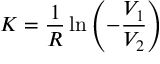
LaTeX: K = \frac { 1 } { R } \ln \left( - \frac { V _ { 1 } } { V _ { 2 } } \right)